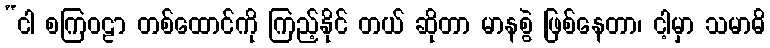
“ငါ စကြဝဠာ တစ်ထောင်ကို ကြည့်နိုင် တယ် ဆိုတာ မာနစွဲ ဖြစ်နေတာ၊ ငါ့မှာ သမာဓိ